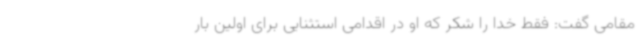
مقامی گفت: فقط خدا را شکر که او در اقدامی استثنایی برای اولین بار